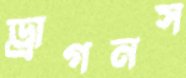
ড্রাগনস